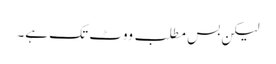
لیکن بس مطلب ووٹ تک ہے۔